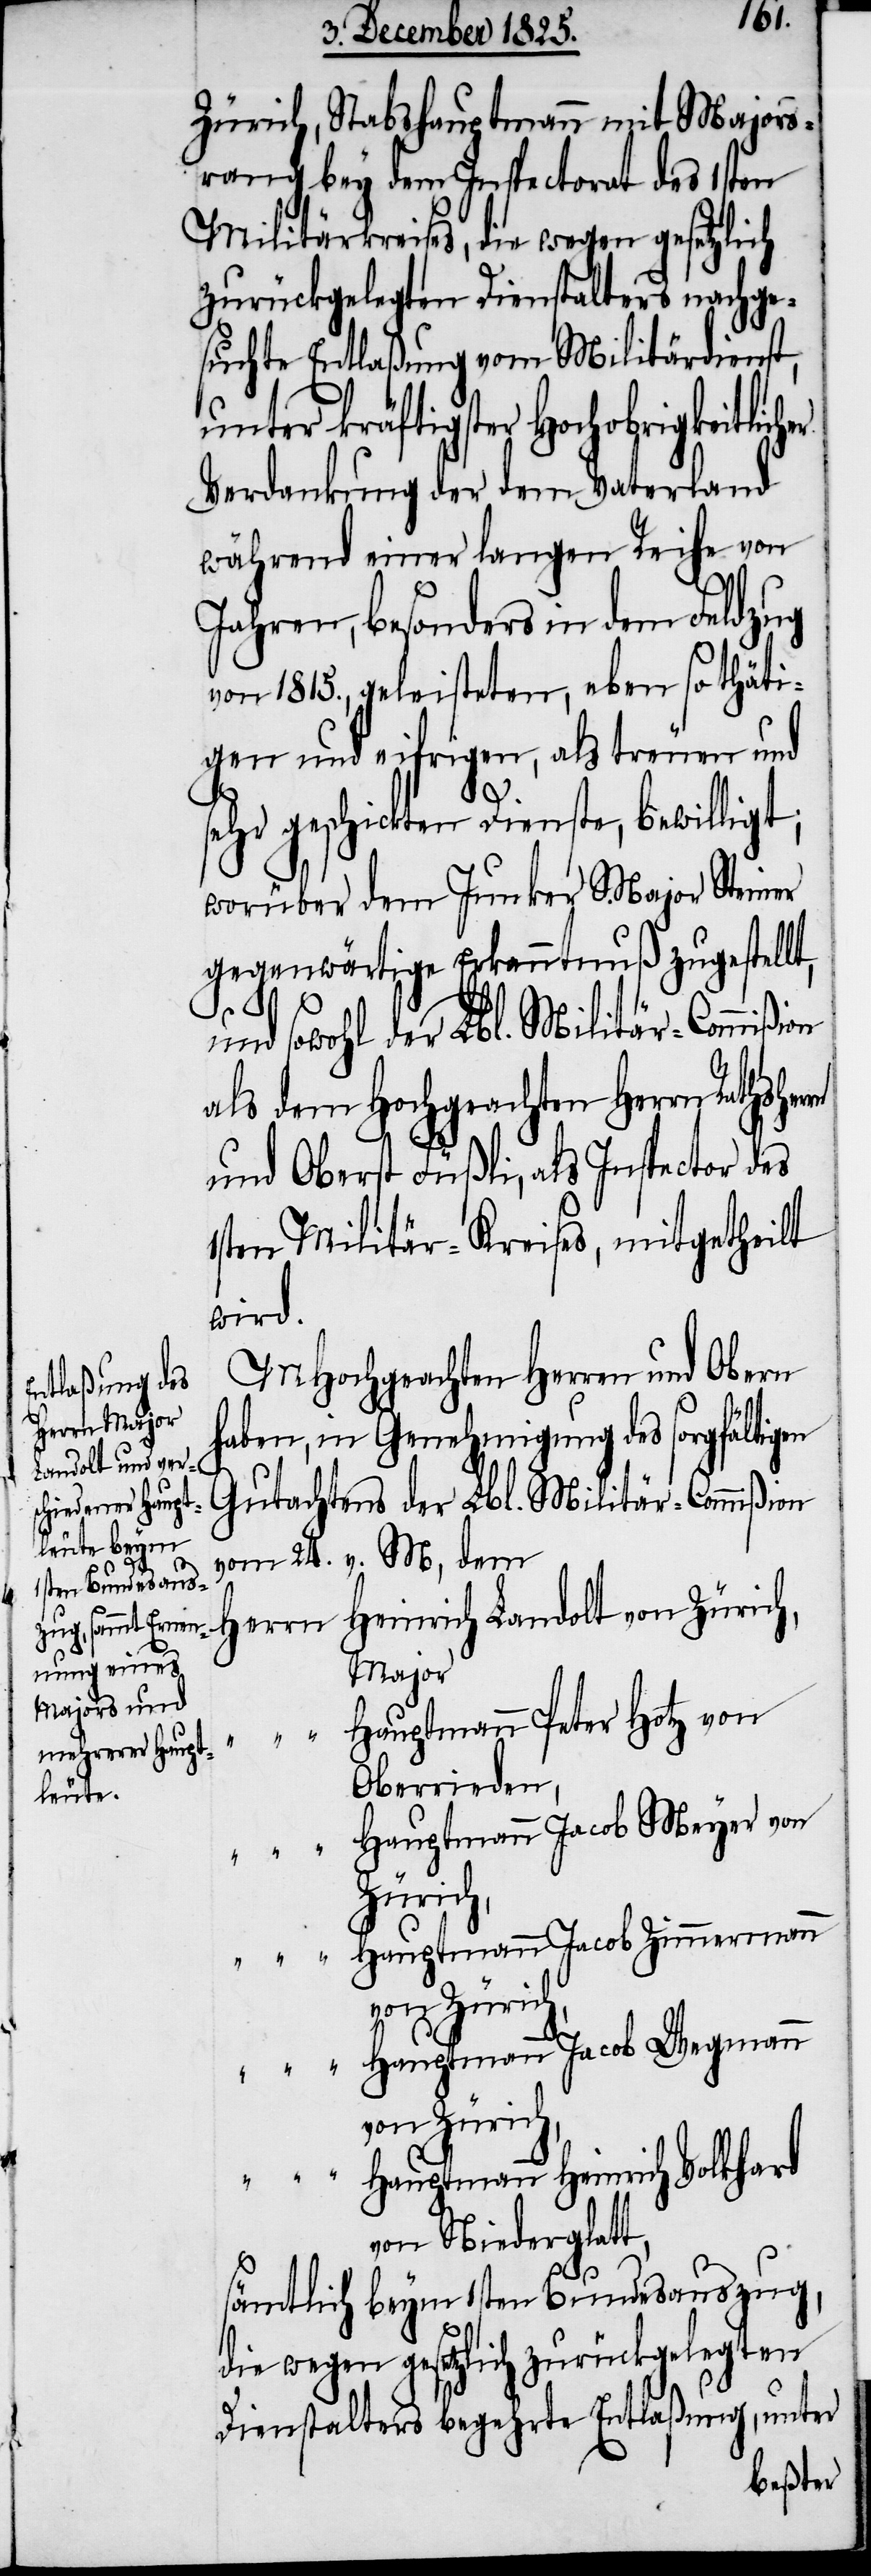
Zürich, Stabshauptmann mit Majors¬
rang bey dem Inspectorat des 1sten
Militärkreises, die wegen gesetzlich
zurückgelegten Dienstalters nachge¬
suchte Entlaßung vom Militärdienst,
unter kräftigster Hochobrigkeitlic¬
Verdankung der dem Vaterland
während einer langen Reihe von
Jahren, besonders in dem Feldzug
von 1815., geleisteten, eben so thäti¬
gen und eifrigen, als treuen und
sehr geschickten Dienste, bewilligt;
worüber dem Junker Major Steiner
gegenwärtige Erkanntnuß zugestellt,
t,
“		H¬
und sowohl der Lbl. Militär-Commißion
als dem Hochgeachten Herrn Rathsher¬
und Oberst Füßli, als Inspector des
1sten Militär-Kreises, mitgetheilt
wird.
MHochgeachten Herren und Obern
haben, in Genehmigung des sorgfältigen
Gutachtens der Lbl. Militär-Commißion
vom 24. v. M, dem
Herrn	Heinrich Landolt von Zürich,
Major
auptmann Peter Hotz von
Oberrieden,
auptmann Jacob Meyer von
Zürich,
“		Hauptmann Jacob Zimmermann
auptmann Jacob Wegmann
von Zürich,
“		Hauptmann Heinrich Volkhard
von Niederglat¬
sämtlich beym 1sten Bundesauszug,
die wegen gesetzlich zurückgelegten
Dienstalters begehrte Entlaßung, unter